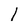
Character: 1